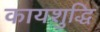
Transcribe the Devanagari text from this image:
कायशुद्धि